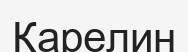
Карелин